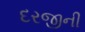
દરજીની